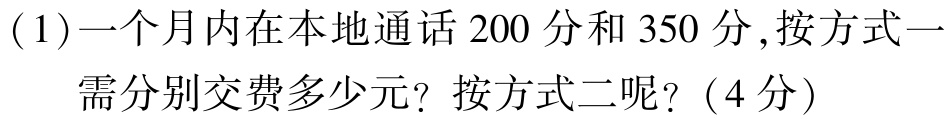
(1)一个月内在本地通话$200$分和$350$分,按方式一需分别交费多少元？按方式二呢？（4分）